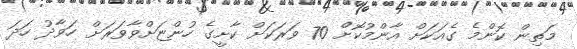
މަތިން ކޮންމެ ގެއަކަށް އާންމުކޮށް 70 ވަރަކަށް ކާށީގެ ހުންޏަށްވާވަރަށް ހަވާދު ހަދަ